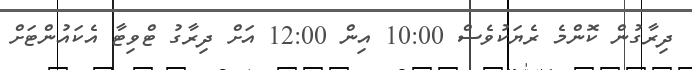
ދިރާގުން ކޮންމެ ރެޔަކުވެސް 10:00 އިން 12:00 އަށް ދިރާގު ޓްވިޓާ އެކައުންޓަށް